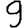
Digit: 9